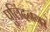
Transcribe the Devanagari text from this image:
पुलिंदनगर